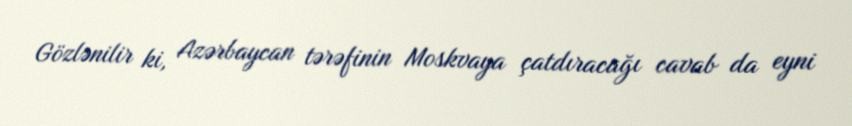
Gözlənilir ki, Azərbaycan tərəfinin Moskvaya çatdıracağı cavab da eyni